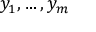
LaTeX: y _ { 1 } , \ldots , y _ { m }